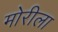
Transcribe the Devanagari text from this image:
मोरीला